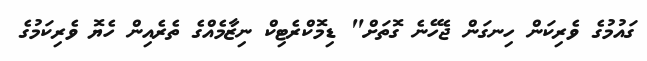
ގައުމުގެ ވެރިކަން ހިނގަން ޖެހޭނެ ގޮތަށް" ޑިމޮކްރެޓިކް ނިޒާމެއްގެ ތެރެއިން ހެޔޮ ވެރިކަމުގެ